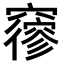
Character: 𥨡